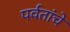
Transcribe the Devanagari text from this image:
पर्वतांचे